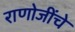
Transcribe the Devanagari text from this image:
राणोजींचे